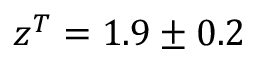
z ^ { T } = 1 . 9 \pm 0 . 2